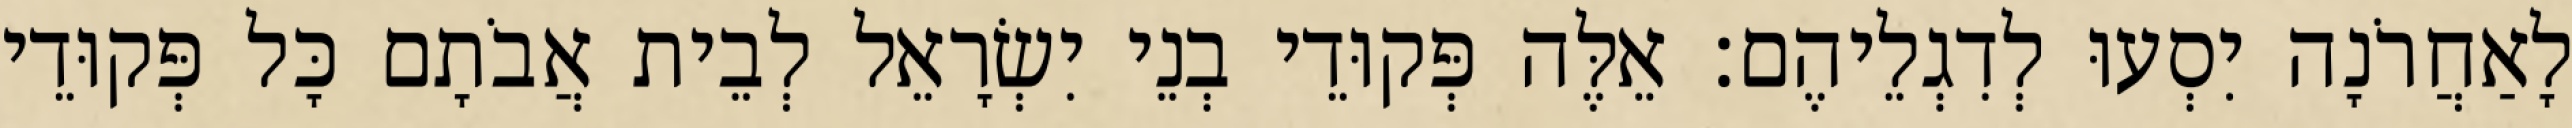
לָאַחֲרֹנָה יִסְעוּ לְדִגְלֵיהֶם׃ אֵלֶּה פְּקוּדֵי בְנֵי יִשְׂרָאֵל לְבֵית אֲבֹתָם כָּל פְּקוּדֵי